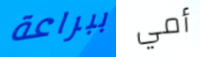
ببراعة أمي